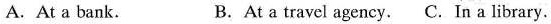
A.At a bank. B.At a travel agency. C.In a library.